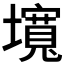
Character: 𡒵